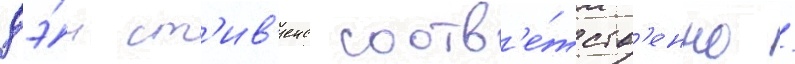
дэ́н ст'ив'енс соотв'е́тств'енно /